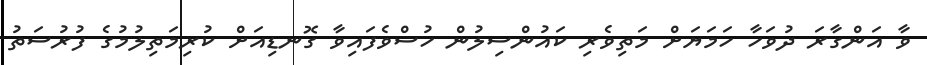
ވާ އަންގާރަ ދުވަހާ ހަމަޔަށް މަތިވެރި ކައުންސިލުން ހުސްވެފައިވާ ގޮނޑިއަށް ކުރިމަތިލުމުގެ ފުރުސަތު